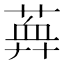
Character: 𦶯